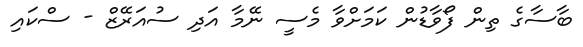
ބާސާގެ ތިން ފޯވާޑުން ކަމަށްވާ މެސީ ނޭމާ އަދި ސުއަރޭޒް - ސްކައި